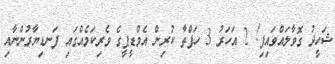
ޝަހީދު ގޮވާލައްވައިފި! 2 އަހަރު 3 ހަފްތާ ކުރިން އެމްޑީޕީގެ ވެރިކަމެއްގައި ފަނޑިޔާރުންނާއި